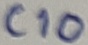
Text: C10